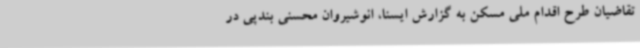
تقاضیان طرح اقدام ملی مسکن به گزارش ایسنا، انوشیروان محسنی بندپی در